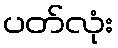
ပတ်လုံး